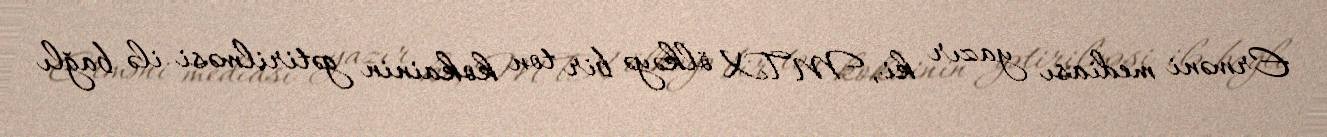
Erməni mediası yazır ki, MTX ölkəyə bir ton kokainin gətirilməsi ilə bağlı